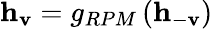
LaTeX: \mathbf{h}_{\mathbf{v}}=g_{RPM}\left(\mathbf{h}_{-\mathbf{v}}\right)